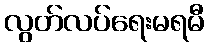
လွတ်လပ်ရေးမရမီ